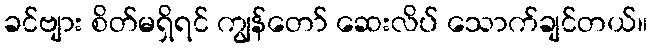
ခင်ဗျား စိတ်မရှိရင် ကျွန်တော် ဆေးလိပ် သောက်ချင်တယ်။